Scottish Leaving Certificate Examination, 1958
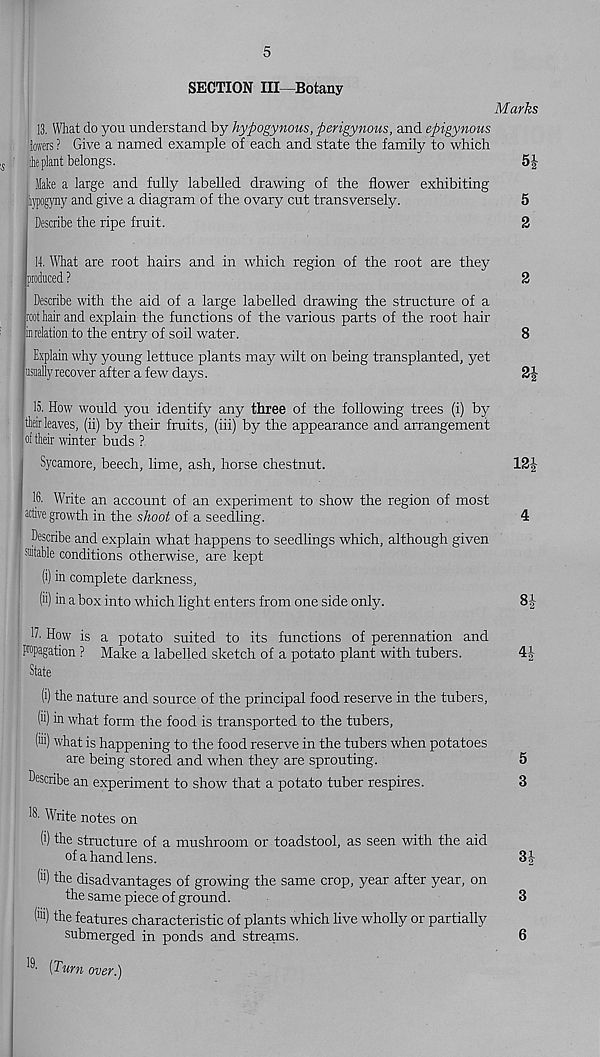
5
SECTION III—Botany
Marks
13. What do you understand by hypogynous, perigynous, and epigynous
lowers ? Give a named example of each and state the family to which
ieplant belongs.
5|
Me a large and fully labelled drawing of the flower exhibiting
kypogyny and give a diagram of the ovary cut transversely.
5
Describe the ripe fruit.
2
14. What are root hairs and in which region of the root are they
produced ?
2
Describe with the aid of a large labelled drawing the structure of a
root hair and explain the functions of the various parts of the root hair
in relation to the entry of soil water.
8
Explain why young lettuce plants may wilt on being transplanted, yet
usually recover after a few days.
2|
15. How w'ould you identify any three of the following trees (i) by
their leaves, (ii) by their fruits, (hi) by the appearance and arrangement
jof their winter buds ?
Sycamore, beech, lime, ash, horse chestnut.
12J
16. Write an account of an experiment to show the region of most
active growth in the skoot of a seedling.
4
Describe and explain what happens to seedlings which, although given
suitable conditions otherwise, are kept
(i) in complete darkness,
(ii) in a box into which light enters from one side only.
8-|-
11. How is a potato suited to its functions of perennation and
F°P a gation ? Make a labelled sketch of a potato plant with tubers.
4|
State
(i) the nature and source of the principal food reserve in the tubers,
(ii) in what form the food is transported to the tubers,
N w hat is happening to the food reserve in the tubers when potatoes
are being stored and when they are sprouting.
5
describe an experiment to show that a potato tuber respires.
3
'6. Write notes on
(i) the structure of a mushroom or toadstool, as seen with the aid
of a hand lens.
3-|
(>i) the disadvantages of growing the same crop, year after year, on
the same piece of ground.
3
(iii) the features characteristic of plants w
submerged in ponds and streams.
^ (Turn over.)
6